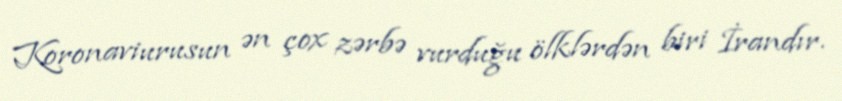
Koronaviurusun ən çox zərbə vurduğu ölklərdən biri İrandır.